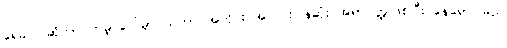
ရေခဲပြင်ဆိုတာ ကမ္ဘာပေါ်မှာ သဘာဝအတိုင်း အလင်းပြန်ဆုံး အရာဝတ္ထုဖြစ်ပြီး နေရောင်ခြည်